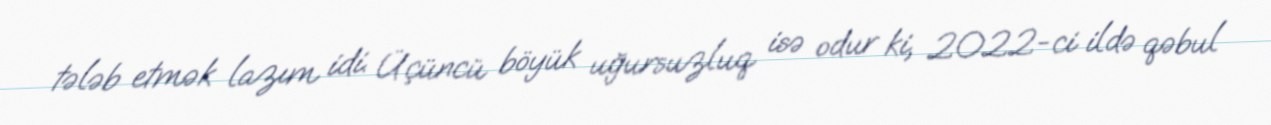
tələb etmək lazım idi. Üçüncü böyük uğursuzluq isə odur ki, 2022-ci ildə qəbul